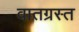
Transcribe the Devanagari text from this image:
वातग्रस्त